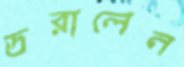
ডরালেন